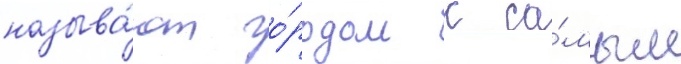
называ́ют го́родом с са́мым